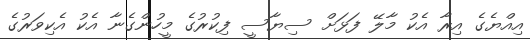
އިއްޔެގެ އިރާ އެކު މާލޭ ފަޅަށް ސިޔާސީ ފިކުރުގެ މީހުންގެނާ އެކު އެކިވަރުގެ